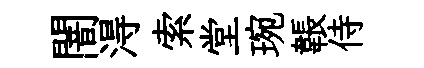
闇淂索堂琬韔侍